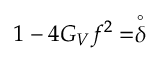
1 - 4 G _ { V } f ^ { 2 } = \stackrel { \circ } { \delta }